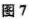
图7